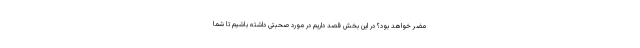
مضر خواهد بود؟ در این بخش قصد داریم در مورد صحبتی داشته باشیم تا شما